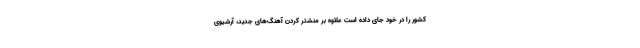
کشور را در خود جای داده است علاوه بر منشتر کردن آهنگ‌های جدید، آرشیوی